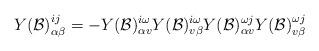
LaTeX: \begin{align*}Y(\mathcal{B})_{\alpha\beta}^{ij}=-Y(\mathcal{B})_{\alpha v}^{i\omega}Y(\mathcal{B})_{v\beta}^{i\omega}Y(\mathcal{B})_{\alpha v}^{\omega j}Y(\mathcal{B})_{v\beta}^{\omega j} \end{align*}